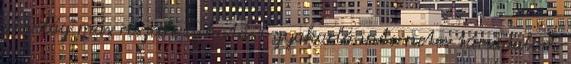
A világ más részeire is hatást gyakorló internetes társadalom